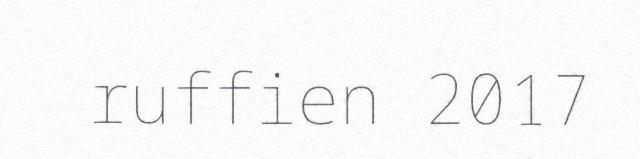
ruffien 2017